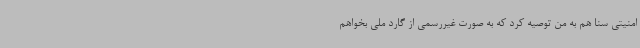
امنیتی سنا هم به من توصیه کرد که به صورت غیررسمی از گارد ملی بخواهم